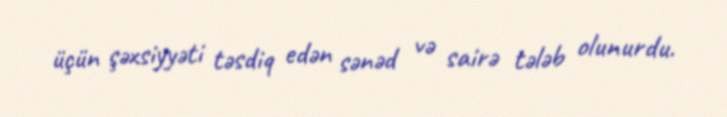
üçün şəxsiyyəti təsdiq edən sənəd və sairə tələb olunurdu.